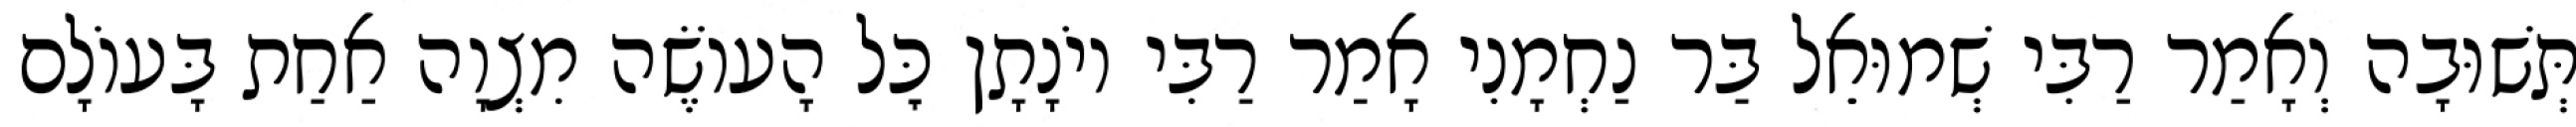
תְּשׁוּבָה וְאָמַר רַבִּי שְׁמוּאֵל בַּר נַחְמָנִי אָמַר רַבִּי יוֹנָתָן כׇּל הָעוֹשֶׂה מִצְוָה אַחַת בָּעוֹלָם